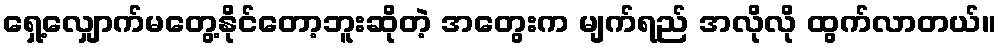
ရှေ့လျှောက်မတွေ့နိုင်တော့ဘူးဆိုတဲ့ အတွေးက မျက်ရည် အလိုလို ထွက်လာတယ်။